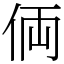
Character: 𠈓